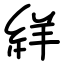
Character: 絴